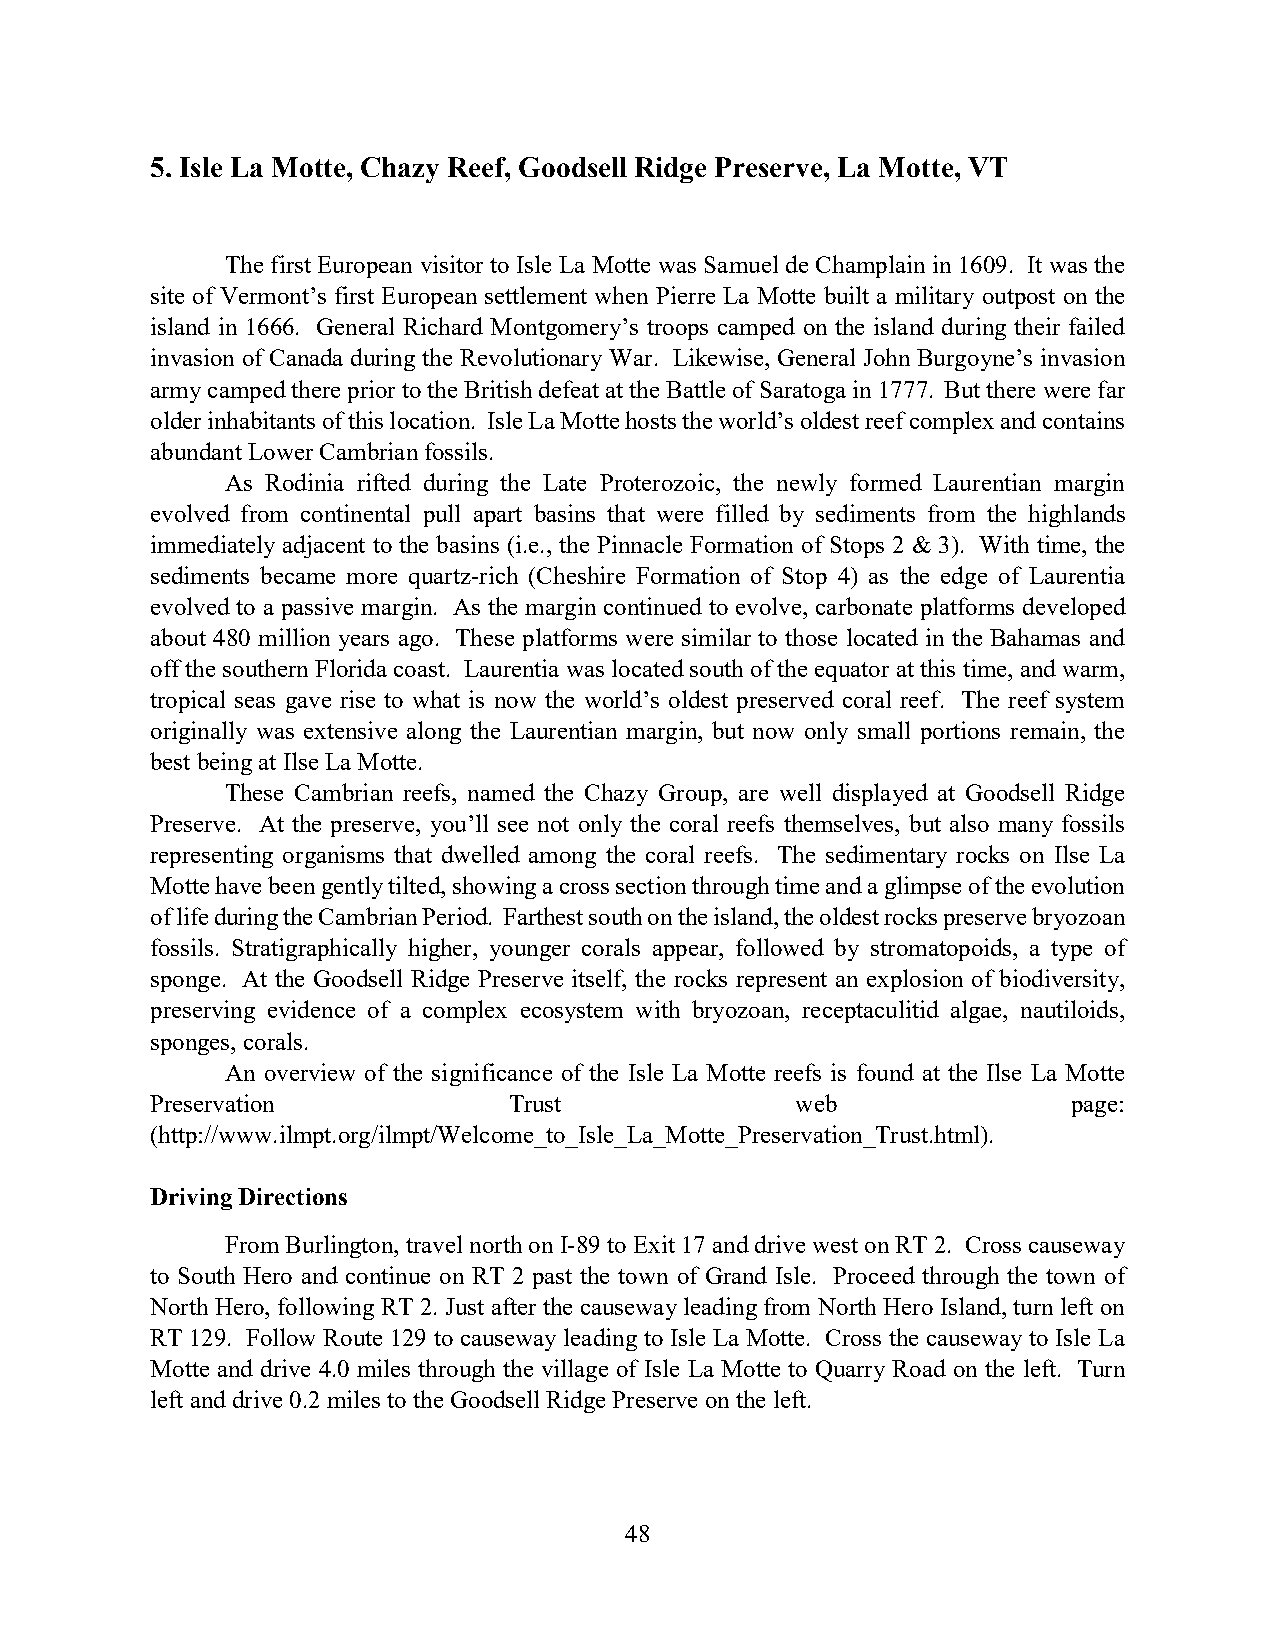
5. Isle La Motte, Chazy Reef, Goodsell Ridge Preserve, La Motte, VT
 The first European visitor to Isle La Motte was Samuel de Champlain in 1609. It was the
 site of Vermont’s first European settlement when Pierre La Motte built a military outpost on the
 island in 1666. General Richard Montgomery’s troops camped on the island during their failed
 invasion of Canada during the Revolutionary War. Likewise, General John Burgoyne’s invasion
 army camped there prior to the British defeat at the Battle of Saratoga in 1777. But there were far
 older inhabitants of this location. Isle La Motte hosts the world’s oldest reef complex and contains
 abundant Lower Cambrian fossils.
 As Rodinia rifted during the Late Proterozoic, the newly formed Laurentian margin
 evolved from continental pull apart basins that were filled by sediments from the highlands
 immediately adjacent to the basins (i.e., the Pinnacle Formation of Stops 2 & 3). With time, the
 sediments became more quartz-rich (Cheshire Formation of Stop 4) as the edge of Laurentia
 evolved to a passive margin. As the margin continued to evolve, carbonate platforms developed
 about 480 million years ago. These platforms were similar to those located in the Bahamas and
 off the southern Florida coast. Laurentia was located south of the equator at this time, and warm,
 tropical seas gave rise to what is now the world’s oldest preserved coral reef. The reef system
 originally was extensive along the Laurentian margin, but now only small portions remain, the
 best being at Ilse La Motte.
 These Cambrian reefs, named the Chazy Group, are well displayed at Goodsell Ridge
 Preserve. At the preserve, you’ll see not only the coral reefs themselves, but also many fossils
 representing organisms that dwelled among the coral reefs. The sedimentary rocks on Ilse La
 Motte have been gently tilted, showing a cross section through time and a glimpse of the evolution
 of life during the Cambrian Period. Farthest south on the island, the oldest rocks preserve bryozoan
 fossils. Stratigraphically higher, younger corals appear, followed by stromatopoids, a type of
 sponge. At the Goodsell Ridge Preserve itself, the rocks represent an explosion of biodiversity,
 preserving evidence of a complex ecosystem with bryozoan, receptaculitid algae, nautiloids,
 sponges, corals.
 An overview of the significance of the Isle La Motte reefs is found at the Ilse La Motte
 Preservation            Trust              web               page:
 (http://www.ilmpt.org/ilmpt/Welcome_to_Isle_La_Motte_Preservation_Trust.html).
 Driving Directions
 From Burlington, travel north on I-89 to Exit 17 and drive west on RT 2. Cross causeway
 to South Hero and continue on RT 2 past the town of Grand Isle. Proceed through the town of
 North Hero, following RT 2. Just after the causeway leading from North Hero Island, turn left on
 RT 129. Follow Route 129 to causeway leading to Isle La Motte. Cross the causeway to Isle La
 Motte and drive 4.0 miles through the village of Isle La Motte to Quarry Road on the left. Turn
 left and drive 0.2 miles to the Goodsell Ridge Preserve on the left.
 48